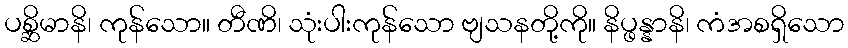
ပစ္ဆိမာနိ၊ ကုန်သော။ တီဏိ၊ သုံးပါးကုန်သော ဗျသနတို့ကို။ နိပ္ဖန္နာနိ၊ ကံအစရှိသော